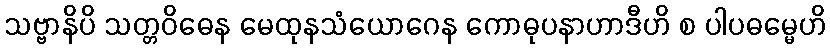
သဗ္ဗာနိပိ သတ္တဝိဓေန မေထုနသံယောဂေန ကောဓုပနာဟာဒီဟိ စ ပါပဓမ္မေဟိ